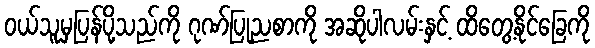
ဝယ်သူမှပြန်ပို့သည်ကို ဂုဏ်ပြုညစာကို အဆိုပါလမ်းနှင့် ထိတွေ့နိုင်ခြေကို